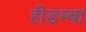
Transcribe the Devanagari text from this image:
हीडम्बा